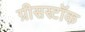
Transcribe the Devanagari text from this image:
ग्रीसस्टॉक